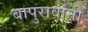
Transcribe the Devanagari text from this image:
बापुरावांनी